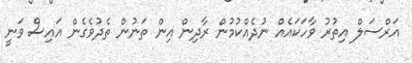
އަރްސަލް އިތުރު ވާހަކައެއް ނުދެއްކުމުން ރާދިން އިން ތަނުން ތެދުވެގެން އައިސް ވަނީ